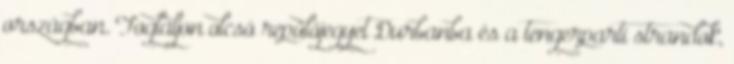
országban. Foglaljon olcsó repülőjegyet Durbanba és a tengerparti strandok,